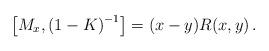
LaTeX: \begin{align*}\left[M_x,\left(1-K\right)^{-1}\right]=(x-y)R(x,y)\, .\end{align*}